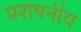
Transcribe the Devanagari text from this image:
प्रशेषनीय